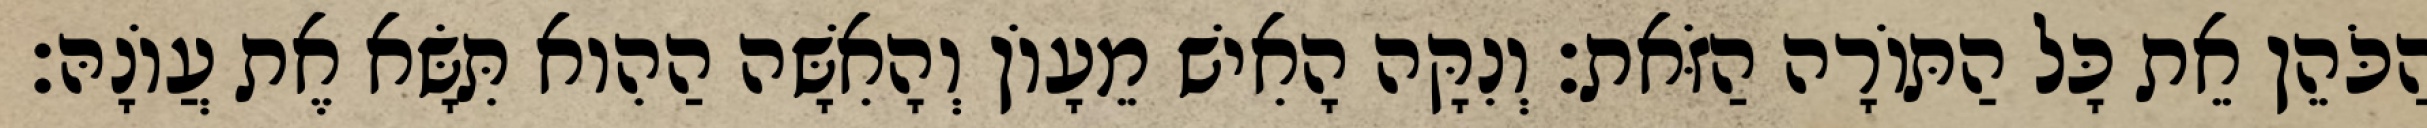
הַכֹּהֵן אֵת כָּל הַתּוֹרָה הַזֹּאת׃ וְנִקָּה הָאִישׁ מֵעָוֹן וְהָאִשָּׁה הַהִוא תִּשָּׂא אֶת עֲוֹנָהּ׃